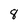
Character: 8